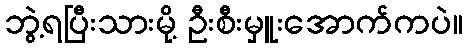
ဘွဲ့ရပြီးသားမို့ ဦးစီးမှူးအောက်ကပဲ။